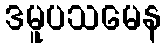
ဒမူပသမေန